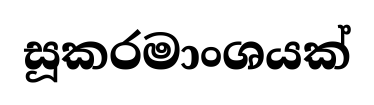
සූකරමාංශයක්